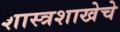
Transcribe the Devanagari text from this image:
शास्त्रशाखेचे